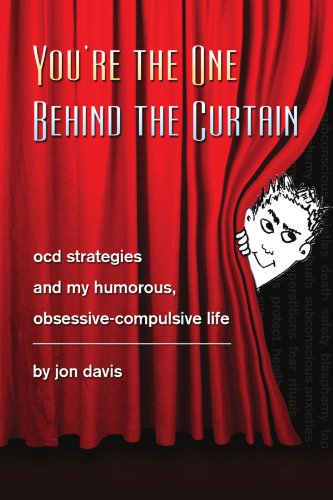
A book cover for You're the One Behind the Curtain: OCD Strategies and My Humorous, Obsessive Compulsive Life; Jonathan Davis; Health, Fitness & Dieting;